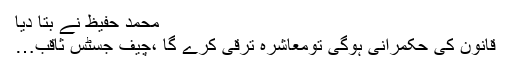
محمد حفیظ نے بتا دیا
قانون کی حکمرانی ہوگی تومعاشرہ ترقی کرے گا ،چیف جسٹس ثاقب…